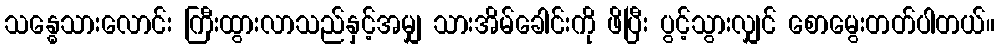
သန္ဓေသားလောင်း ကြီးထွားလာသည်နှင့်အမျှ သားအိမ်ခေါင်းကို ဖိပြီး ပွင့်သွားလျှင် စောမွေးတတ်ပါတယ်။